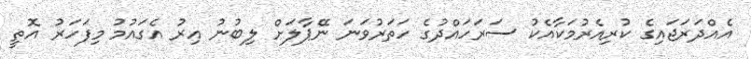
އެއްދަރަޖައިގެ ކުރިއެރުމަކާއެކު ސަރަހައްދުގެ ހަތަރުވަނަ ނޭޕާލަށް ލިބުނު އިރު އެގައުމު މިފަހަރު އޮތީ